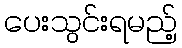
ပေးသွင်းရမည့်